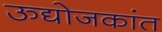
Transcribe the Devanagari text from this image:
ऊद्योजकांत